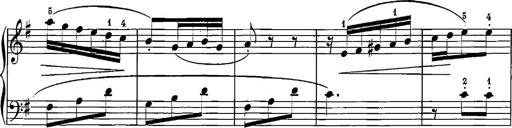
Title: 12 Sonatinas
Composer: Ignaz Pleyel